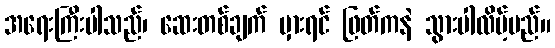
အရေးကြီးပါသည်၊ ဆေးတစ်ချက် မှားရင် ဖြတ်ကနဲ သွားပါလိမ့်မည်။